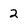
Character: 2